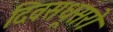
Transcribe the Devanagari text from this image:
दिवसधूसरो